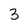
Character: 3